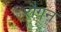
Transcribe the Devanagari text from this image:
रौग़न